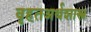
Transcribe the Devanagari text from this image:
वृहतअर्थशास्त्र